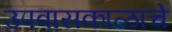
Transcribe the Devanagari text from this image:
उपवासकाळाचे